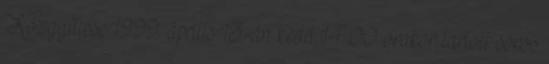
Közgyűlése 1999. április 13-án kedd 14.00 órakor tartott soros